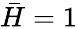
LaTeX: \bar{H}=1